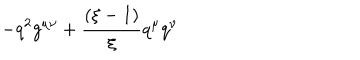
LaTeX: - q ^ { 2 } g ^ { \mu \nu } + \frac { ( \xi - 1 ) } { \xi } q ^ { \mu } q ^ { \nu }